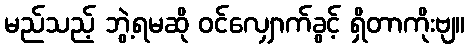
မည်သည့် ဘွဲ့ရမဆို ဝင်လျှောက်ခွင့် ရှိတာကိုးဗျ။